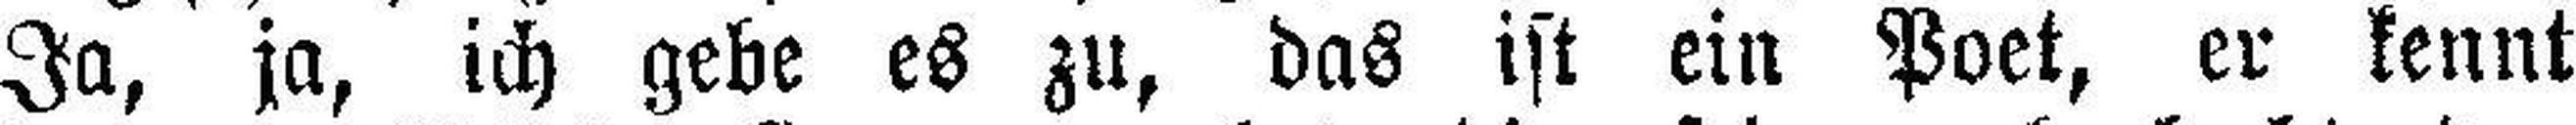
Ja, ja, ich gebe es zu, das ist ein Poet, er kennt